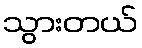
သွားတယ်